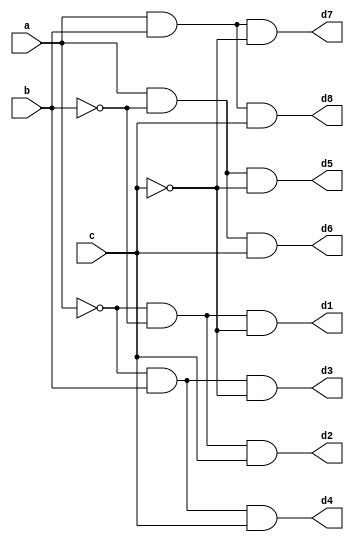
module deco(d1,d2,d3,d4,d5,d6,d7,d8,a,b,c);
output d1,d2,d3,d4,d5,d6,d7,d8;
input a,b,c;
wire w1,w2,w3;
not g1(w1,a);
not g2(w2,b);
not g3(w3,c);
and g4(d1,w1,w2,w3);
and g5(d2,w1,w2,c);
and g6(d3,w1,b,w3);
and g7(d4,w1,b,c);
and g8(d5,a,w2,w3);
and g9(d6,a,w2,c);
and g10(d7,a,b,w3);
and g11(d8,a,b,c);
endmodule